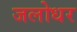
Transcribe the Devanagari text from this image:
जलोधर